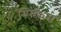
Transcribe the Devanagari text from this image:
स्फिंकस